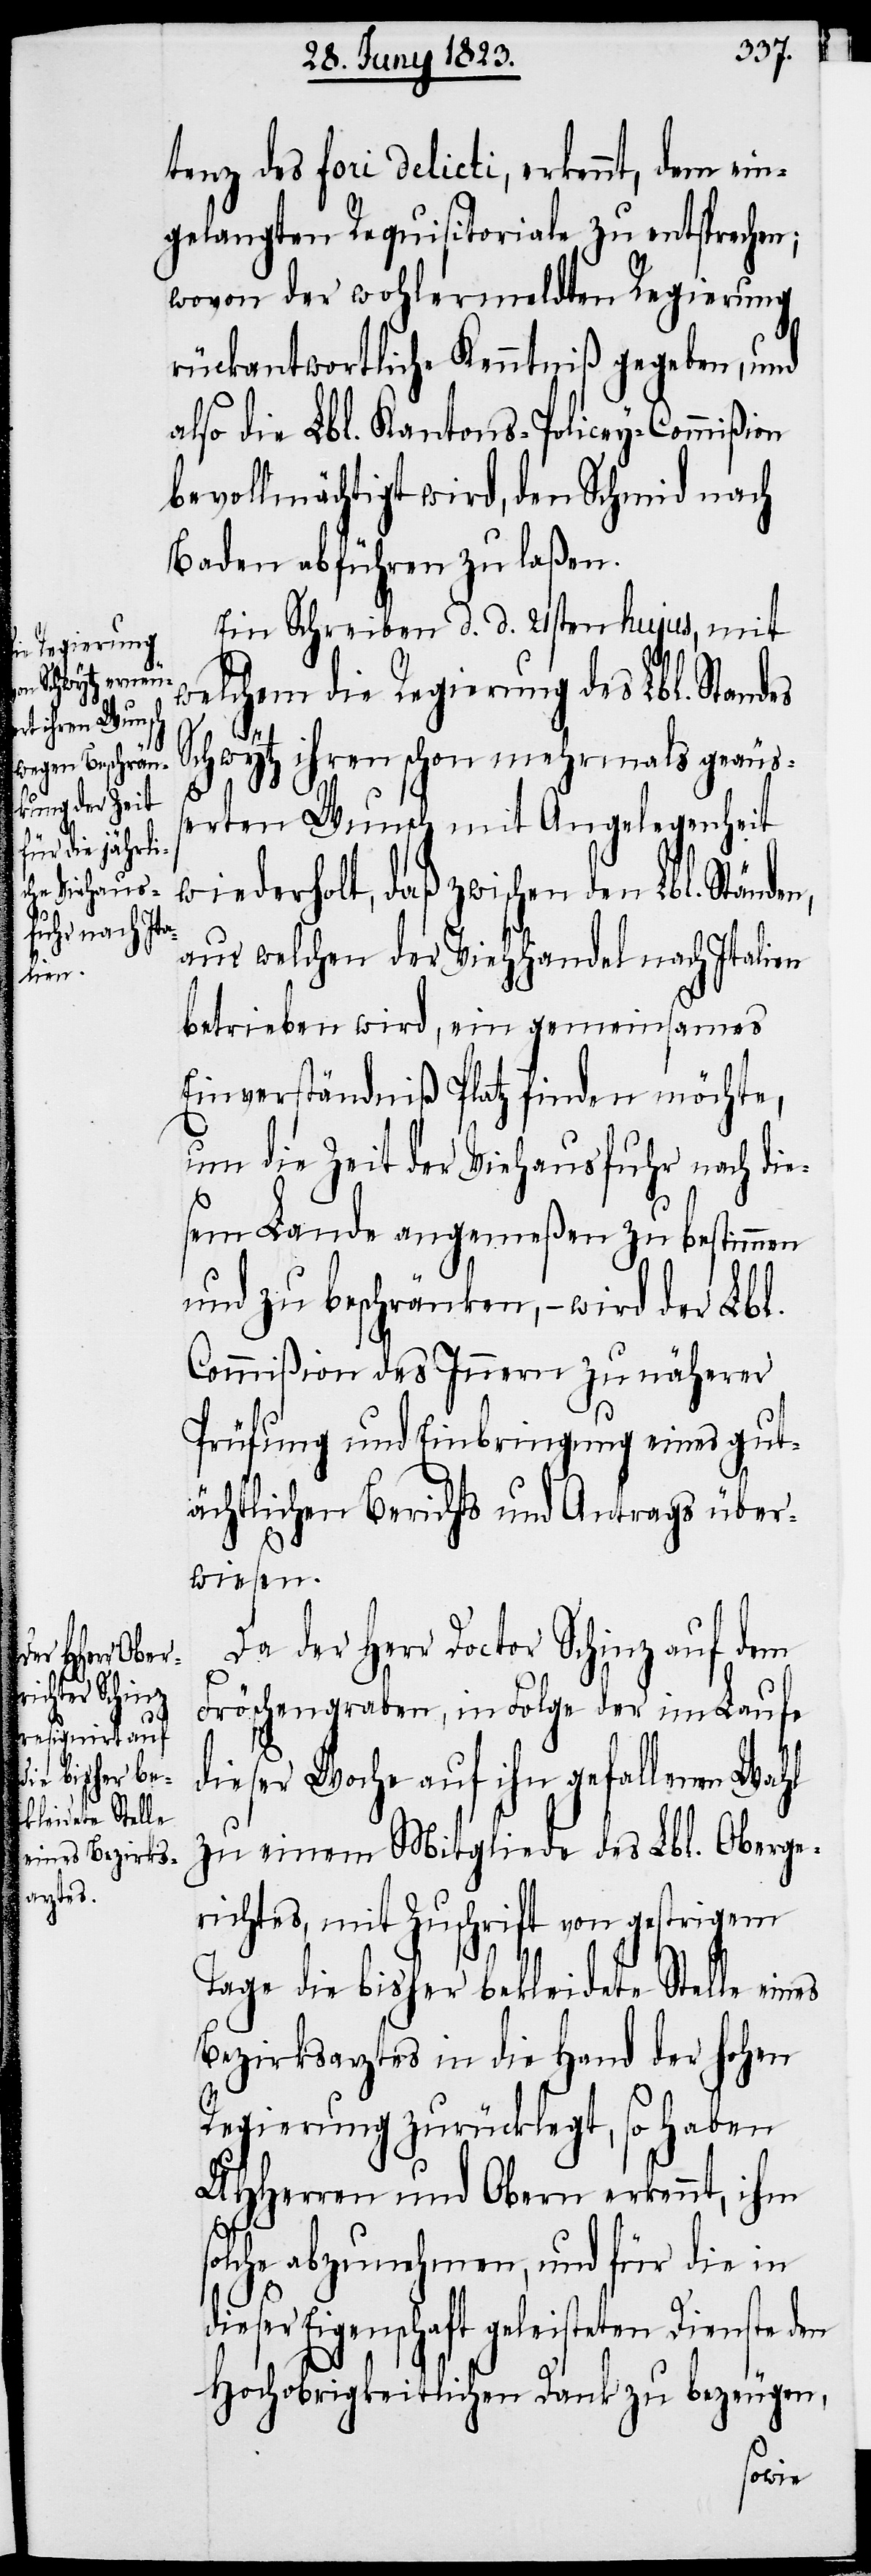
tenz des fori delicti, erkennt, dem ein¬
gelangten Requisitoriale zu entsprechen;
wovon der wohlermeldten Regierung
rückantwortliche Kenntniß gegeben, und
also die Lbl. Kantons-Policey-Commißion
bevollmächtigt wird, den Schmid nach
Baden abführen zu laßen.
Ein Schreiben d. d. 21sten hujus, mit
welchem die Regierung des Lbl. Standes
s¬
Schwytz ihren schon mehrmals geäuß¬
erten Wunsch mit Angelegenheit
wiederholt, daß zwischen den Lbl. Ständ¬
aus welchen der Viehhandel nach Italien
betrieben wird, ein gemeinsames
Einverständniß Platz finden möchte,
um die Zeit der Viehausfuhr nach die¬
sem Lande angemeßen zu bestimmen
und zu beschränken, – wird der Lbl.
Commißion des Innern zu näherer
Prüfung und Einbringung eines gut¬
ächtlichen Berichts und Antrags über¬
wiesen.
Da der Herr Doctor Schinz auf dem
Fröschengraben, in Folge der im Laufe
dieser Woche auf ihn gefallenen Wahl
zu einem Mitgliede des Lbl. Oberge¬
richtes, mit Zuschrift von gestrigem
Tage die bisher bekleidete Stelle ein¬
Bezirksarztes in die Hand der hohen
Regierung zurücklegt, so haben
UHHerren und Obern erkennt, ihm
olche abzunehmen, und für die in
ser Eigenschaft geleisteten Dienste
Hochobrigkeitlichen Dank zu bezeugen,
die¬